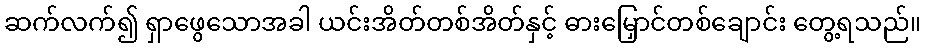
ဆက်လက်၍ ရှာဖွေသောအခါ ယင်းအိတ်တစ်အိတ်နှင့် ဓားမြှောင်တစ်ချောင်း တွေ့ရသည်။